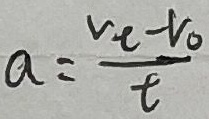
a = \frac { v _ { t } - v _ { 0 } } { t }